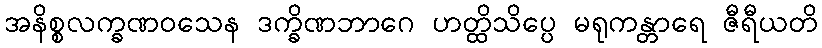
အနိစ္စလက္ခဏဝသေန ဒက္ခိဏဘာဂေ ဟတ္ထိသိပ္ပေ မရုကန္တာရေ ဇီရီယတိ